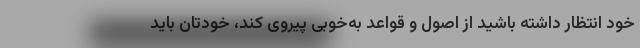
خود انتظار داشته باشید از اصول و قواعد به‌خوبی پیروی کند، خودتان باید